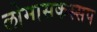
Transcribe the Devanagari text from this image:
लोमासकस्सप